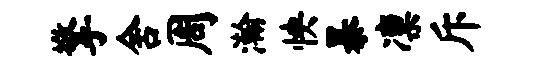
擎舍周瀚怏暴凛斥